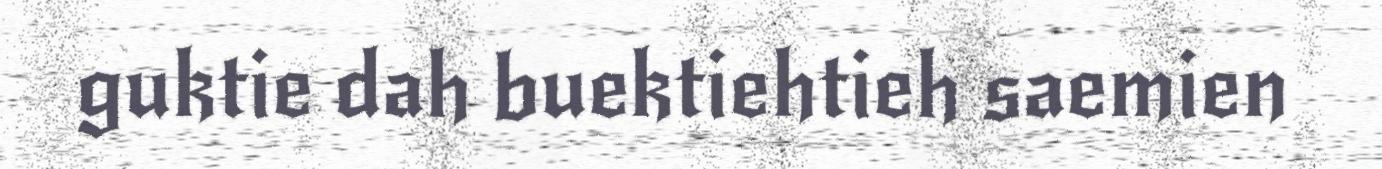
guktie dah buektiehtieh saemien